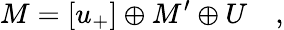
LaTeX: M=\left[u_{+}\right]\oplus M^{\prime}\oplus U\quad,